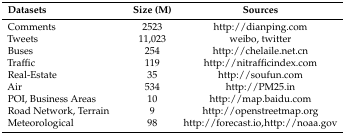
| Datasets | Size (M) | Sources |
 | --- | --- | --- |
 | Comments | 2523 | http://dianping.com |
 | Tweets | 11,023 | weibo, twitter |
 | Buses | 254 | http://chelaile.net.cn |
 | Traffic | 119 | http://nitrafficindex.com |
 | Real-Estate | 35 | http://soufun.com |
 | Air | 534 | http://PM25.in |
 | POI, Business Areas | 10 | http://map.baidu.com |
 | Road Network, Terrain | 9 | http://openstreetmap.org |
 | Meteorological | 98 | http://forecast.io,http://noaa.gov |